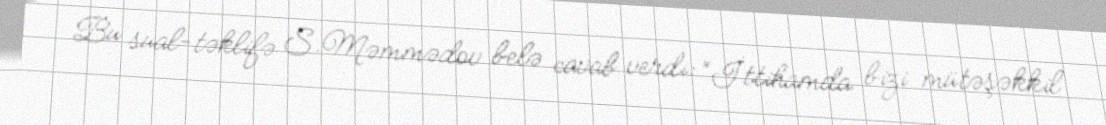
Bu sual-təklifə S.Məmmədov belə cavab verdi: “İttihamda bizi mütəşəkkil